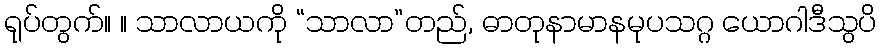
ရုပ်တွက်။ ။ သာလာယကို “သာလာ”တည်, ဓာတုနာမာနမုပသဂ္ဂ ယောဂါဒီသွပိ